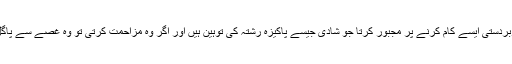
وہ نشہ کرنے کہ بعد نگہت کے جسم کو جانوروں کی طرح نوچتا، اس سے زبردستی ایسے کام کرنے پر مجبور کرتا جو شادی جیسے پاکیزہ رشتہ کی توہین ہیں اور اگر وہ مزاحمت کرتی تو وہ غصے سے پاگل ہو جاتا اور توڑ پھوڑ کر کے اسے جان سے مار دینے کی دھمکیاں دیتا تھا۔